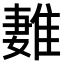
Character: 𨿩